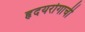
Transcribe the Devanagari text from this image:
हृदयरोगाची